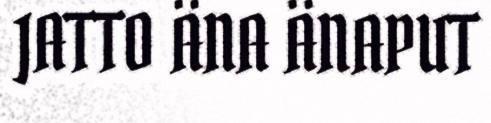
JATTO ÄNA ÄNAPUT